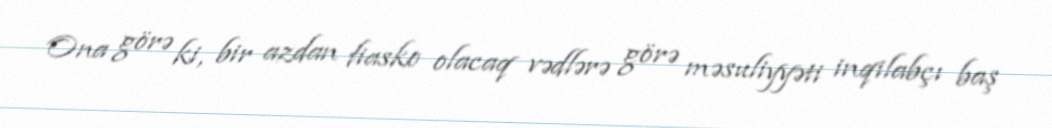
Ona görə ki, bir azdan fiasko olacaq vədlərə görə məsuliyyəti inqilabçı baş